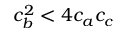
c _ { b } ^ { 2 } < 4 c _ { a } c _ { c }